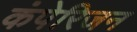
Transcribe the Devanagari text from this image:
कंपेरिजन